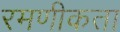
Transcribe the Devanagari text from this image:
रमणीकता